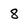
Character: 8